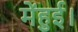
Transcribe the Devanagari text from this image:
मेंहुई।